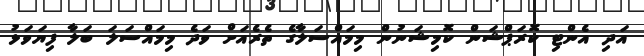
އަދި އެންޓި ކޮރަޕްޝަން ކޮމިޝަނުން މިމައްސަލާގެ ތެރެއަށް ވަދެ މިމައްސަލަ ބަލާ ފިޔަވަޅު